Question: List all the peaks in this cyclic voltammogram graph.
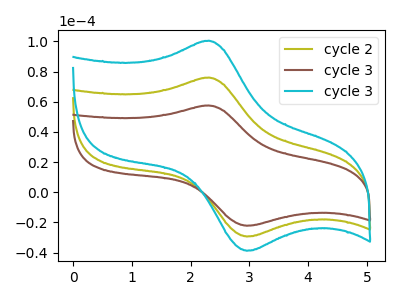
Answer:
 <answer>The olive curve "cycle 2" has an anodic peak at (2.30V, 76.05uA) and a cathodic peak at (2.95V, -29.40uA). The brown curve "cycle 3" has an anodic peak at (2.30V, 57.55uA) and a cathodic peak at (2.95V, -22.25uA). The cyan curve "cycle 3" has an anodic peak at (2.30V, 152.10uA) and a cathodic peak at (2.95V, -58.80uA).</answer>
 <eval></eval>